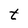
Character: t